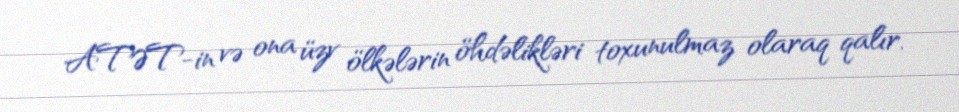
ATƏT-in və ona üzv ölkələrin öhdəlikləri toxunulmaz olaraq qalır.